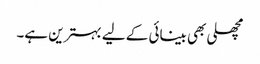
مچھلی بھی بینائی کے لیے بہترین ہے۔